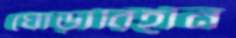
ঘোড়াবিহীন